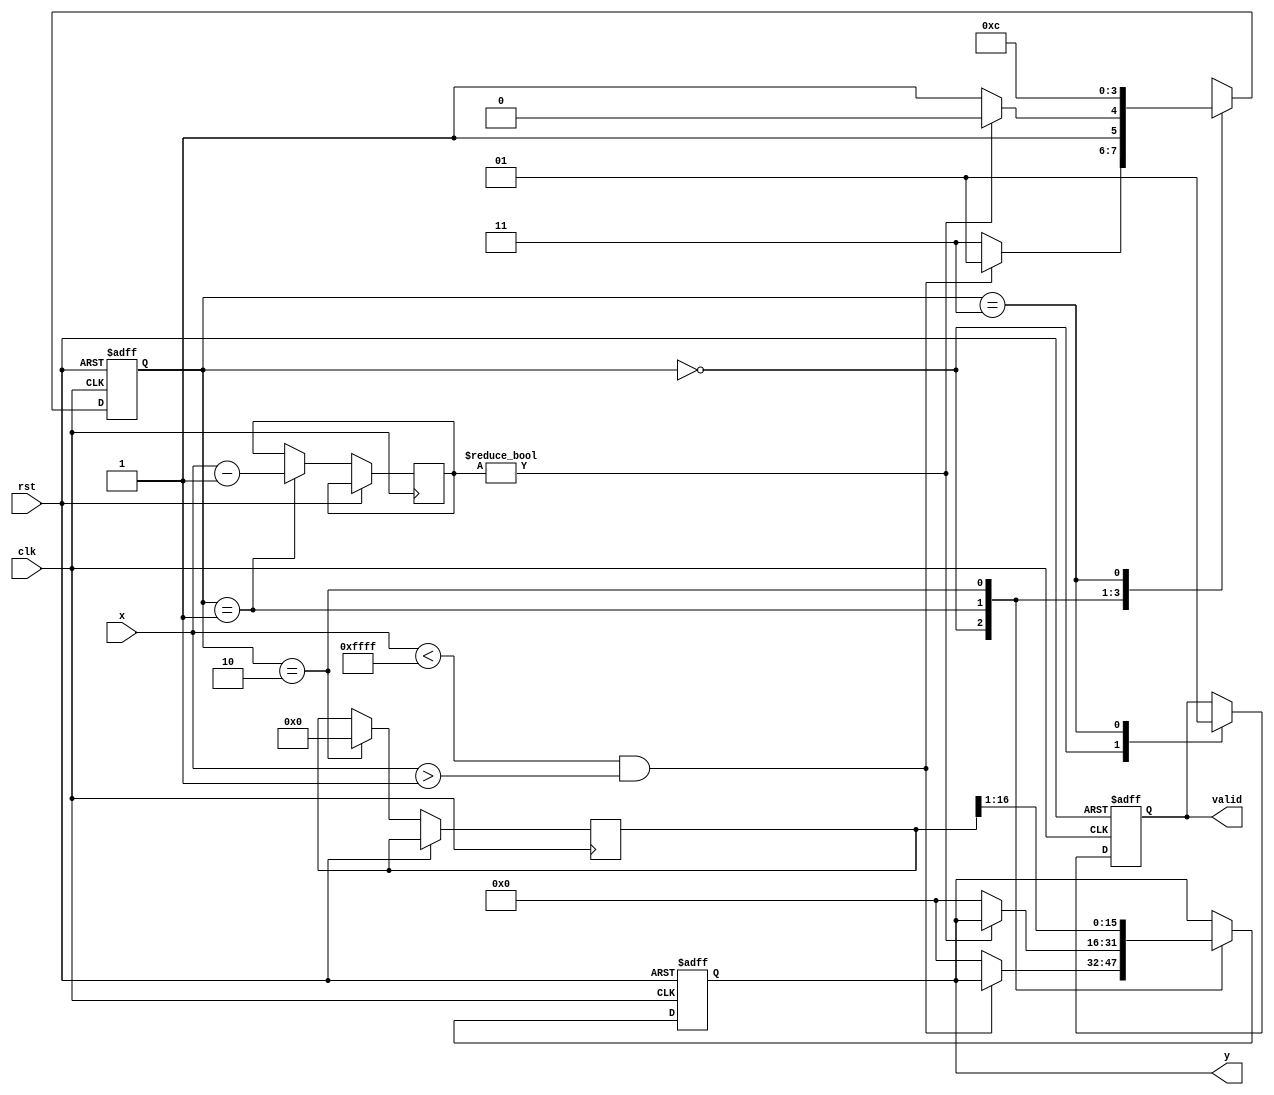
module atanh (
    input wire signed [15:0] x,      // Input signal (fixed-point)
    input wire clk,                   // Clock signal
    input wire rst,                   // Reset signal
    output reg signed [15:0] y,       // Output signal (atanh value)
    output reg valid                  // Valid signal
);

    // Internal signals
    reg signed [15:0] x_plus_one;
    reg signed [15:0] x_minus_one;
    reg signed [31:0] ratio;           // To hold (1+x)/(1-x)
    reg signed [31:0] log_result;      // To hold the logarithm result
    reg [1:0] state;                   // State for FSM
    reg [3:0] count;                   // Counter for logarithm calculation

    // Define states
    localparam IDLE = 2'b00;
    localparam CHECK_RANGE = 2'b01;
    localparam CALCULATE = 2'b10;
    localparam OUTPUT = 2'b11;

    // Logarithm approximation function (placeholder)
    function signed [31:0] ln(input signed [31:0] value);
        // Simple logarithm approximation; this should be replaced with a more accurate implementation
        ln = 0; // Placeholder implementation
    endfunction

    // State machine for processing
    always @(posedge clk or posedge rst) begin
        if (rst) begin
            state <= IDLE;
            y <= 0;
            valid <= 0;
            count <= 0;
        end else begin
            case (state)
                IDLE: begin
                    valid <= 0;
                    if (x < 16'hFFFF && x > -16'hFFFF) begin  // Check if x is within (-1, 1)
                        state <= CHECK_RANGE;
                    end else begin
                        y <= 0; // Error handling: output zero or some predefined error value
                        state <= OUTPUT;
                    end
                end

                CHECK_RANGE: begin
                    x_plus_one <= x + 16'h0001; // x + 1
                    x_minus_one <= x - 16'h0001; // x - 1
                    
                    // Ensure x - 1 is not zero to avoid division by zero
                    if (x_minus_one != 0) begin
                        ratio <= (x_plus_one << 16) / x_minus_one; // (1+x)/(1-x) in fixed-point
                        state <= CALCULATE;
                    end else begin
                        y <= 0; // Error handling
                        state <= OUTPUT;
                    end
                end

                CALCULATE: begin
                    log_result <= ln(ratio); // Compute logarithm
                    y <= log_result >> 1;    // Divide by 2
                    state <= OUTPUT;
                end

                OUTPUT: begin
                    valid <= 1; // Output is valid
                    state <= IDLE; // Go back to IDLE
                end
            endcase
        end
    end

endmodule